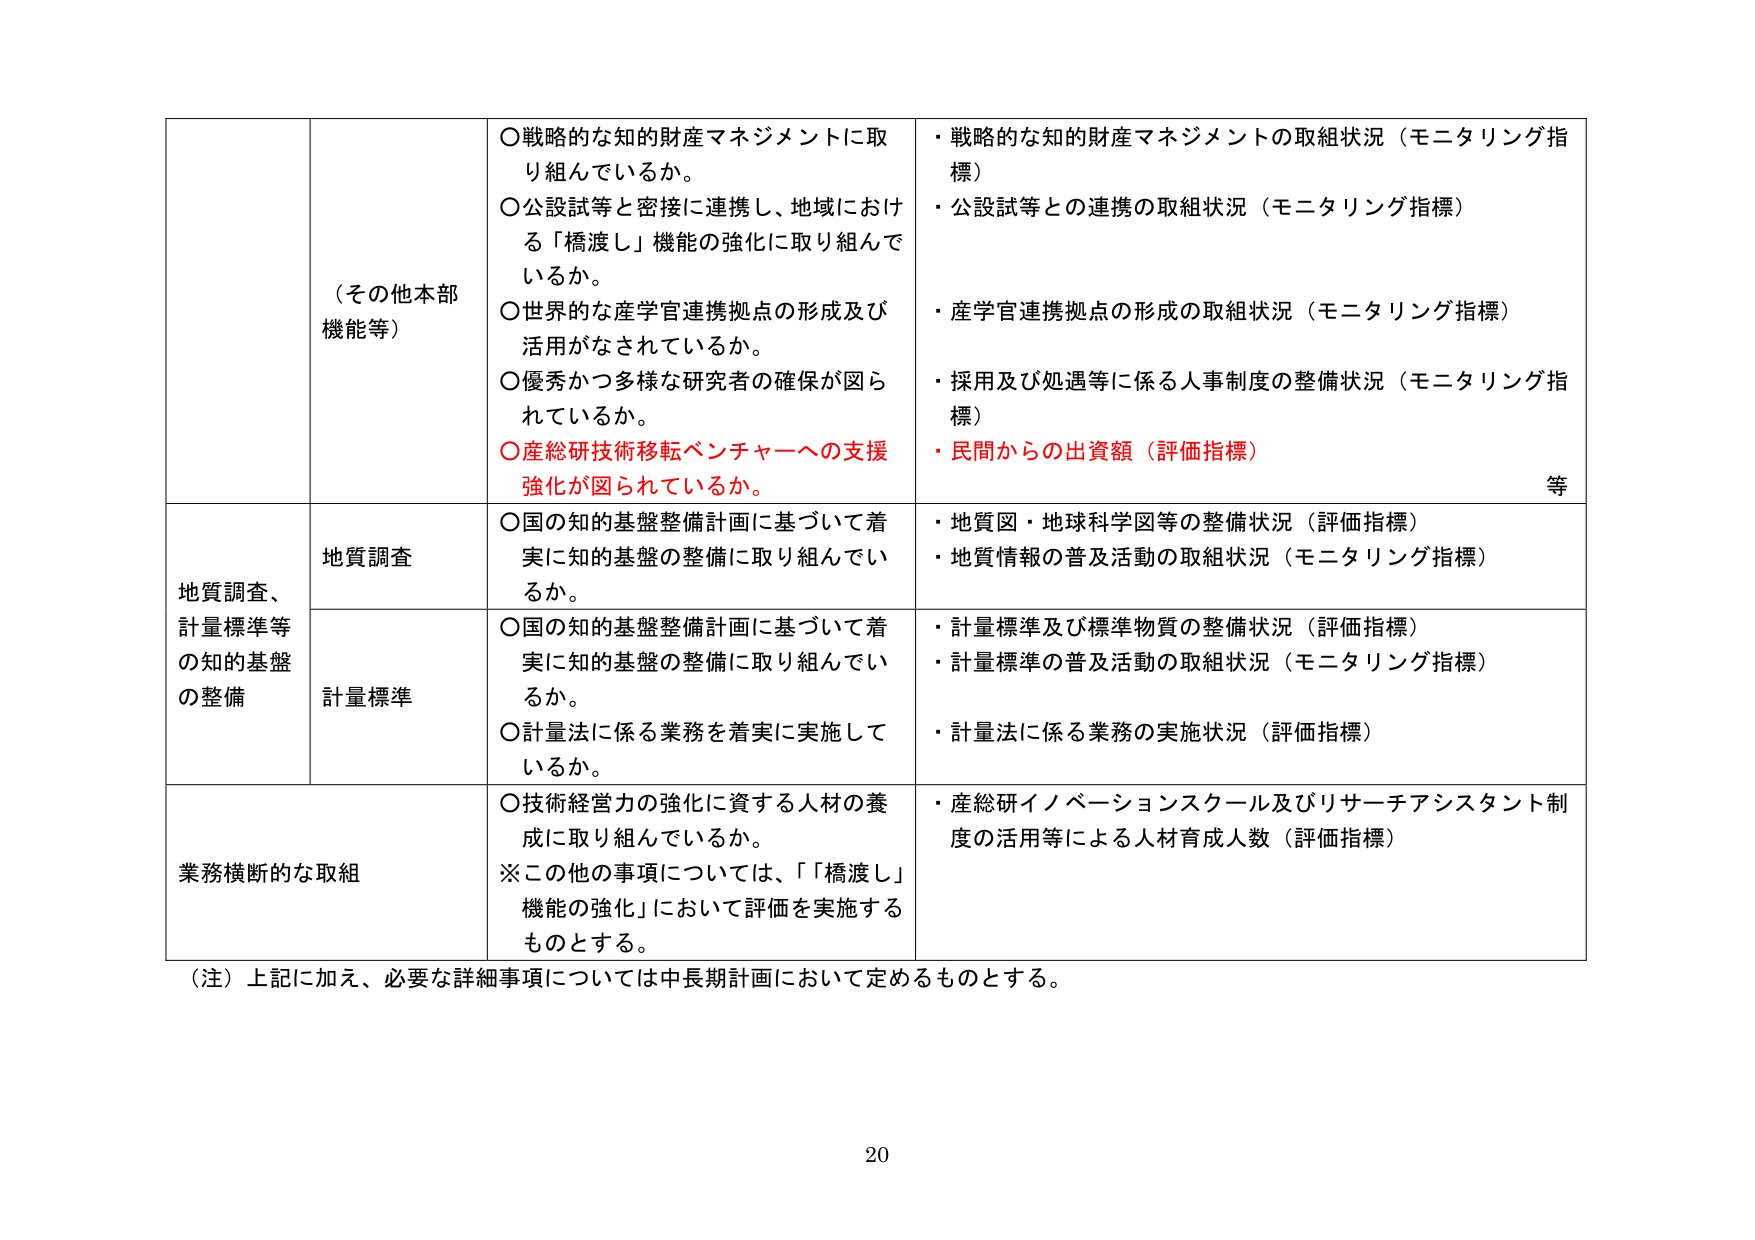
（その他本部機能等）
〇戦略的な知的財産マネジメントに取り組んでいるか。
〇公設試等と密接に連携し、地域における「橋渡し」機能の強化に取り組んでいるか。
〇世界的な産学官連携拠点の形成及び活用がなされているか。
〇優秀かつ多様な研究者の確保が図られているか。
〇産総研技術移転ベンチャーへの支援強化が図られているか。
・戦略的な知的財産マネジメントの取組状況（モニタリング指標）
・公設試等との連携の取組状況（モニタリング指標）
・産学官連携拠点の形成の取組状況（モニタリング指標）
・採用及び処遇等に係る人事制度の整備状況（モニタリング指標）
・民間からの出資額（評価指標）
等

地質調査、計量標準等の知的基盤の整備
地質調査
〇国の知的基盤整備計画に基づいて着実に知的基盤の整備に取り組んでいるか。
・地質図・地球科学図等の整備状況（評価指標）
・地質情報の普及活動の取組状況（モニタリング指標）

計量標準
〇国の知的基盤整備計画に基づいて着実に知的基盤の整備に取り組んでいるか。
〇計量法に係る業務を着実に実施しているか。
・計量標準及び標準物質の整備状況（評価指標）
・計量標準の普及活動の取組状況（モニタリング指標）
・計量法に係る業務の実施状況（評価指標）

業務横断的な取組
〇技術経営力の強化に資する人材の養成に取り組んでいるか。
※この他の事項については、「橋渡し」機能の強化」において評価を実施するものとする。
・産総研イノベーションスクール及びリサーチアシスタント制度の活用等による人材育成人数（評価指標）

（注）上記に加え、必要な詳細事項については中長期計画において定めるものとする。

20